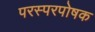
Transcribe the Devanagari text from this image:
परस्परपोषक